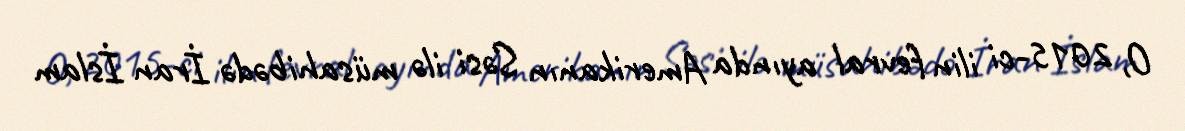
O, 2015-ci ilin fevral ayında Amerikanın Səsi ilə müsahibədə İran İslam